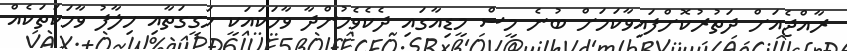
ރާއްޖެއަށް ދަތުރުކޮށްފައިވާކަމަށް ބުނެ މީސް މީީޑިއާގައި ދެކެވެމުންދާ ވާހަކައަކީ ހަގީގަތާއި ހިލާފު ވާހަކަތަކެއް